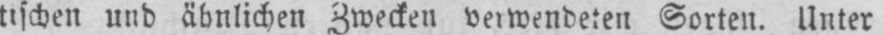
tischen und ähnlichen Zwecken verwendeten Sorten. Unter